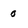
Character: 0